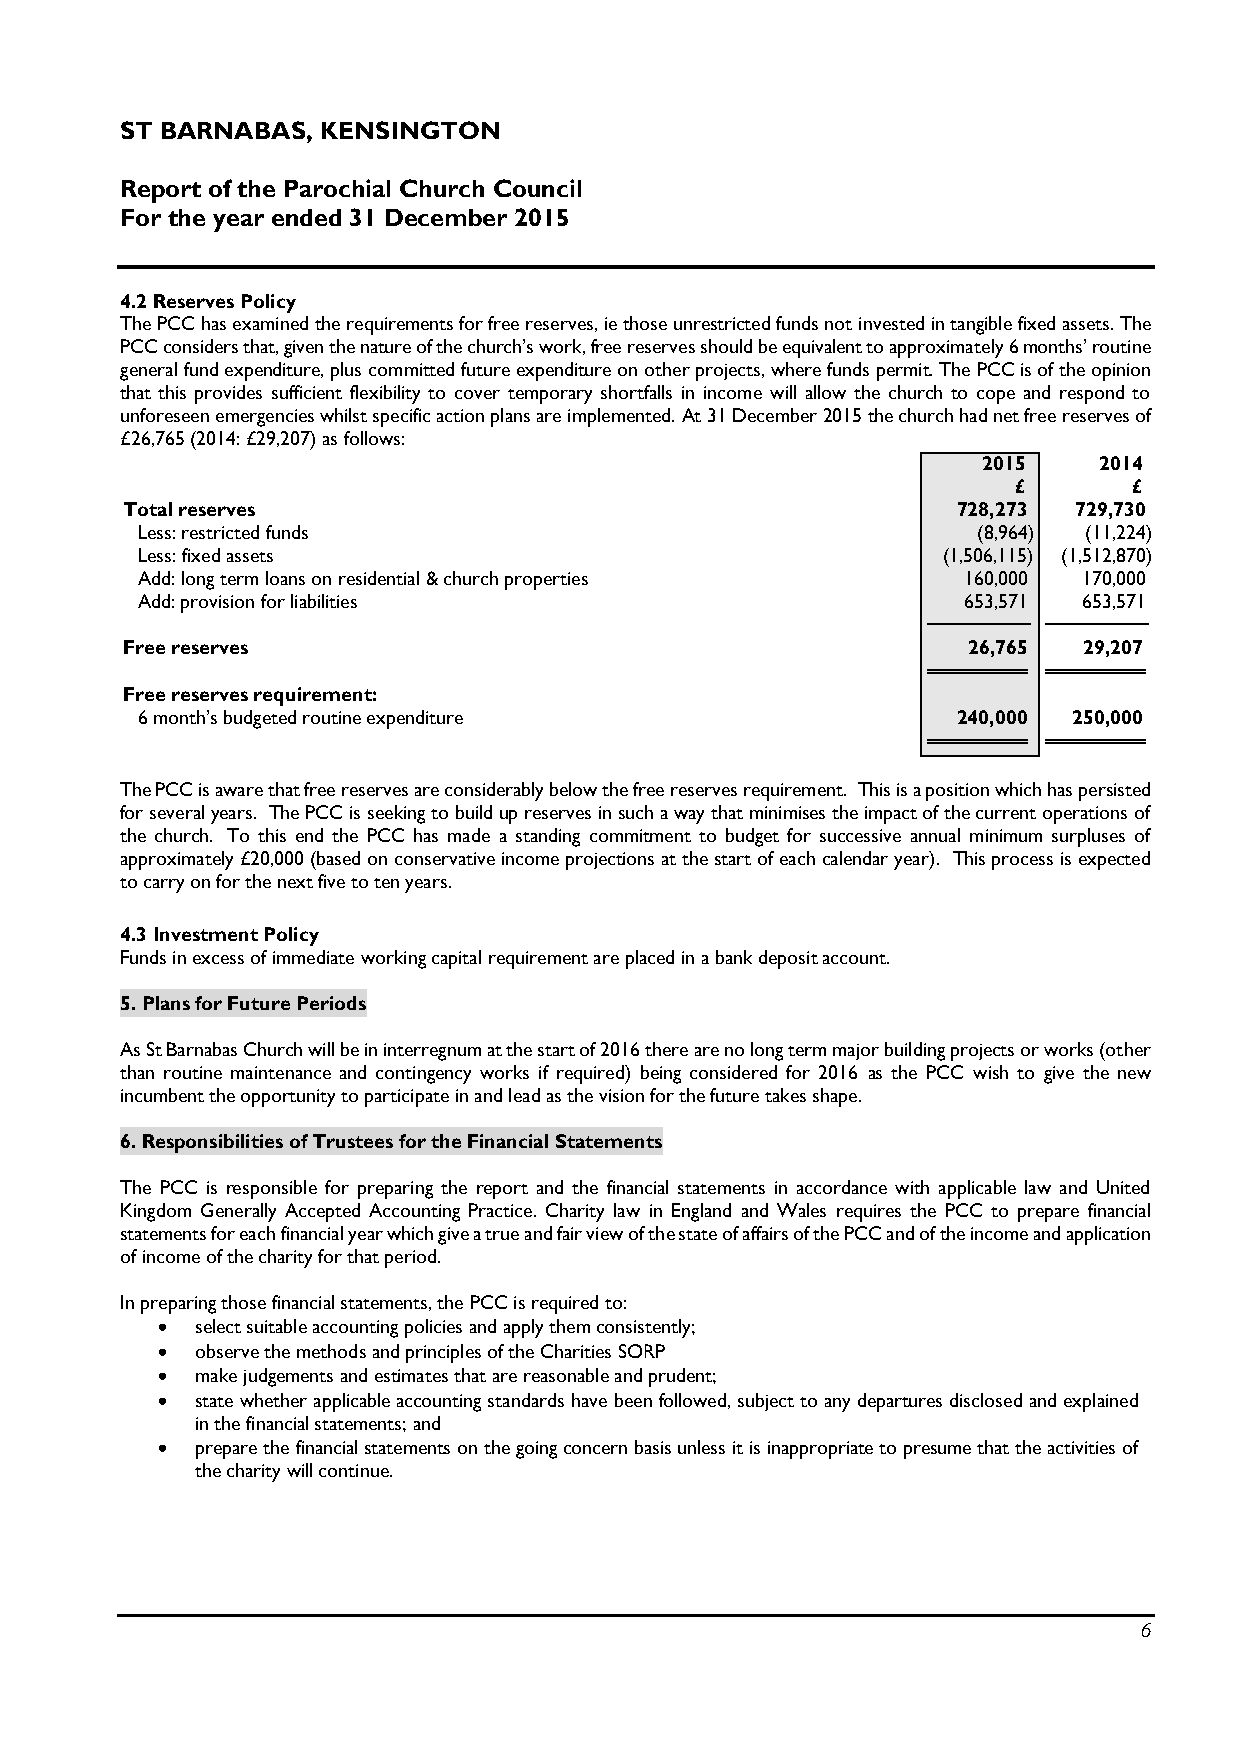
ST BARNABAS, KENSINGTON
 Report of the Parochial Church Council
 For the year ended 31 December 2015
 4.2 Reserves Policy
 The PCC has examined the requirements for free reserves, ie those unrestricted funds not invested in tangible fixed assets. The
 PCC considers that, given the nature of the church’s work, free reserves should be equivalent to approximately 6 months’ routine
 general fund expenditure, plus committed future expenditure on other projects, where funds permit. The PCC is of the opinion
 that this provides sufficient flexibility to cover temporary shortfalls in income will allow the church to cope and respond to
 unforeseen emergencies whilst specific action plans are implemented. At 31 December 2015 the church had net free reserves of
 £26,765 (2014: £29,207) as follows:
 2015    2014
 £       £
 Total reserves                                         728,273 729,730
 Less: restricted funds                                  (8,964) (11,224)
 Less: fixed assets                                   (1,506,115) (1,512,870)
 Add: long term loans on residential & church properties 160,000 170,000
 Add: provision for liabilities                         653,571 653,571
 Free reserves                                           26,765  29,207
 Free reserves requirement:
 6 month’s budgeted routine expenditure                240,000 250,000
 The PCC is aware that free reserves are considerably below the free reserves requirement. This is a position which has persisted
 for several years. The PCC is seeking to build up reserves in such a way that minimises the impact of the current operations of
 the church. To this end the PCC has made a standing commitment to budget for successive annual minimum surpluses of
 approximately £20,000 (based on conservative income projections at the start of each calendar year). This process is expected
 to carry on for the next five to ten years.
 4.3 Investment Policy
 Funds in excess of immediate working capital requirement are placed in a bank deposit account.
 5. Plans for Future Periods
 As St Barnabas Church will be in interregnum at the start of 2016 there are no long term major building projects or works (other
 than routine maintenance and contingency works if required) being considered for 2016 as the PCC wish to give the new
 incumbent the opportunity to participate in and lead as the vision for the future takes shape.
 6. Responsibilities of Trustees for the Financial Statements
 The PCC is responsible for preparing the report and the financial statements in accordance with applicable law and United
 Kingdom Generally Accepted Accounting Practice. Charity law in England and Wales requires the PCC to prepare financial
 statements for each financial year which give a true and fair view of the state of affairs of the PCC and of the income and application
 of income of the charity for that period.
 In preparing those financial statements, the PCC is required to:
   select suitable accounting policies and apply them consistently;
   observe the methods and principles of the Charities SORP
   make judgements and estimates that are reasonable and prudent;
   state whether applicable accounting standards have been followed, subject to any departures disclosed and explained
 in the financial statements; and
   prepare the financial statements on the going concern basis unless it is inappropriate to presume that the activities of
 the charity will continue.
 6